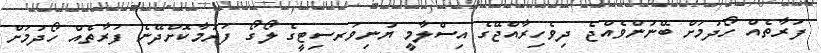
ފަރާތެއް ހޯދުމަށް ބޭނުންވެއްޖެ ދިވެހިރާއްޖޭގެ އިސްލާމީ ޔުނިވަރސިޓީގެ ލޯގޯ ފަރުމާކޮށްދޭނެ ފަރާތެއް ހޯދުމަށް